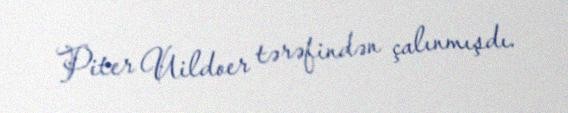
Piter Uildoer tərəfindən çalınmışdı.